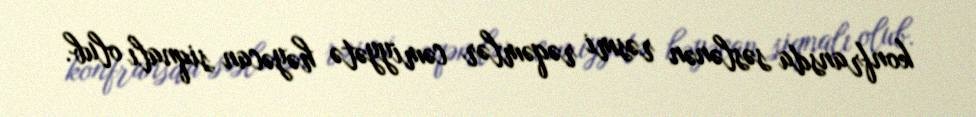
konfransda səslənən rəsmi rəqəmlər cəmiyyətə həyəcan siqnalı olub.